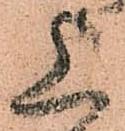
上